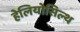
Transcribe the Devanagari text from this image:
हेलियोसिल्थ